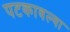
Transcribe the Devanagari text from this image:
पटकावल्या